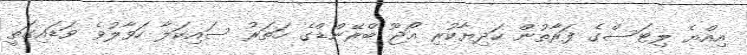
އިއްޔެ ލިޓަސްގެ ފަރާތުން ހަދިޔާކުރި އޯޖޫ ބްރޭންޑްގެ ހަތަރު ސައިކަލާ ހަވާލުވެ ވަޑައިގަތީ